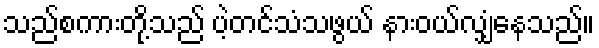
သည်စကားတို့သည် ပဲ့တင်သံသဖွယ် နားဝယ်လျှံနေသည်။